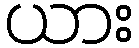
ယား